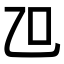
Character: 𠮞